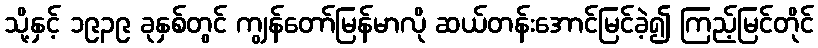
သို့နှင့် ၁၉၃၉ ခုနှစ်တွင် ကျွန်တော်မြန်မာလို ဆယ်တန်းအောင်မြင်ခဲ့၍ ကြည့်မြင်တိုင်